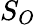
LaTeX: S_{O}